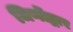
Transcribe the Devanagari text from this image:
जिर्णोद्वार